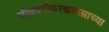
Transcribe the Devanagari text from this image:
जीववर्गीकरणशास्त्राच्या